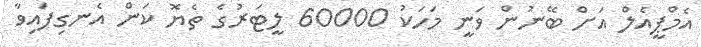
އެމްޕީއެލް އަށް ބޭނުން ވަނީ މަހަކު 60000 ލީޓަރުގެ ތެޔޮ ކަން އެނގިފައިވާ